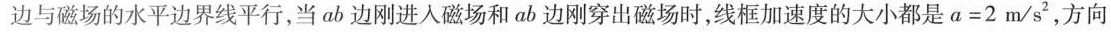
边与磁场的水平边界线平行，当ab边刚进入磁场和ab边刚穿出磁场时，线框加速度的大小都是$$a = 2 m / s ^ { 2 }$$，方向